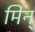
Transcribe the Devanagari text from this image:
मिन्‌